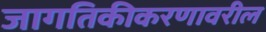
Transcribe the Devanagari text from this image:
जागतिकीकरणावरील